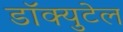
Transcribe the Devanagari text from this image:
डॉक्युटेल